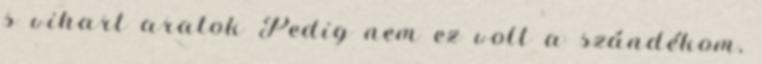
s vihart aratok Pedig nem ez volt a szándékom,